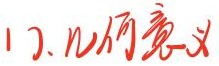
Cauchy - C